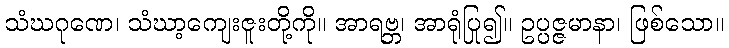
သံဃဂုဏေ၊ သံဃာ့ကျေးဇူးတို့ကို။ အာရဗ္ဘ၊ အာရုံပြု၍။ ဥပ္ပဇ္ဇမာနာ၊ ဖြစ်သော။